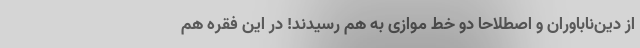
از دین‌ناباوران و اصطلاحاً دو خط موازی به هم رسیدند! در این فقره هم